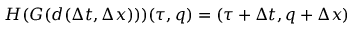
H ( G ( d ( \Delta t , \Delta x ) ) ) ( \tau , q ) = ( \tau + \Delta t , q + \Delta x )